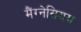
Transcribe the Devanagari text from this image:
मैंग्नेसियम